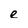
Character: e